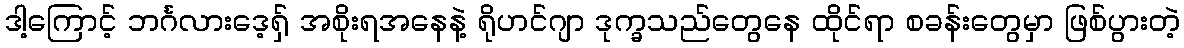
ဒါ့ကြောင့် ဘင်္ဂလားဒေ့ရှ် အစိုးရအနေနဲ့ ရိုဟင်ဂျာ ဒုက္ခသည်တွေနေ ထိုင်ရာ စခန်းတွေမှာ ဖြစ်ပွားတဲ့